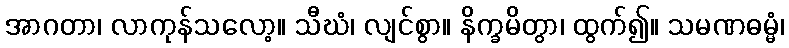
အာဂတာ၊ လာကုန်သလော့။ သီဃံ၊ လျင်စွာ။ နိက္ခမိတွာ၊ ထွက်၍။ သမဏဓမ္မံ၊